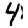
Digit: 4